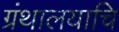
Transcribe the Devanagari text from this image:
ग्रंथालयाचि